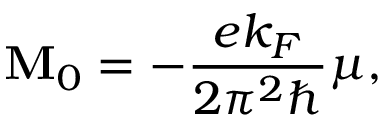
\mathbf { M } _ { 0 } = - \frac { e k _ { F } } { 2 \pi ^ { 2 } \hbar } \boldsymbol { \mu } ,